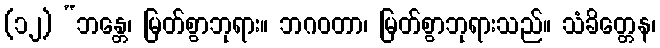
(၁၂) “ဘန္တေ၊ မြတ်စွာဘုရား။ ဘဂဝတာ၊ မြတ်စွာဘုရားသည်။ သံခိတ္တေန၊